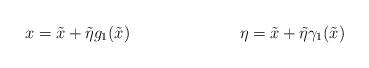
LaTeX: \begin{align*}x &= \tilde{x} + \tilde{\eta} g_1(\tilde{x}) &\eta &= \tilde{x} + \tilde{\eta} \gamma_1(\tilde{x})\end{align*}